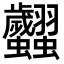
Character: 𧖢